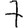
Digit: 7